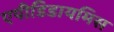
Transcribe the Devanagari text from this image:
एपीडिडायमिस